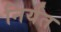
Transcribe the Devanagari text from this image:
निर्यत